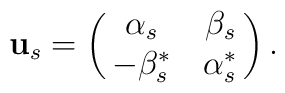
{\bf u}_{s}=\pmatrix{\alpha_{s} &\beta_{s} \cr -\beta^{\ast}_{s}&\alpha^{\ast}_{s}\cr}.